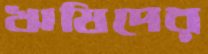
ঋষিদের